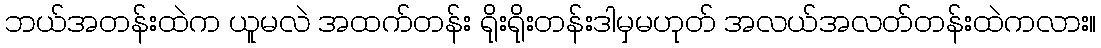
ဘယ်အတန်းထဲက ယူမလဲ အထက်တန်း ရိုးရိုးတန်းဒါမှမဟုတ် အလယ်အလတ်တန်းထဲကလား။